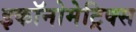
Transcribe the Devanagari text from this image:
इकॉनोमेट्रिक्स